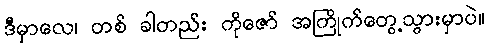
ဒီမှာလေ၊ တစ် ခါတည်း ကိုဇော် အကြိုက်တွေ့သွားမှာပဲ။